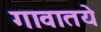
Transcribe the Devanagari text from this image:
गावातये